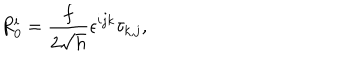
R _ { 0 } ^ { i } = \frac { f } { 2 \sqrt { h } } \epsilon ^ { i j k } \tau _ { k , j } ,